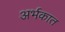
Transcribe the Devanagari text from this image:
अर्भकात